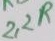
Text: 2.2R